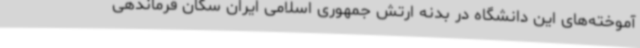
آموخته‌های این دانشگاه در بدنه ارتش جمهوری اسلامی ایران سکان فرماندهی